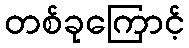
တစ်ခုကြောင့်